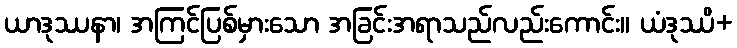
ယာဒုဿနာ၊ အကြင်ပြစ်မှားသော အခြင်းအရာသည်လည်းကောင်း။ ယံဒုဿိ+